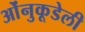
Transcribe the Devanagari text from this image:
ओंनुकूडेली